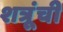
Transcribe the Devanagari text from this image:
शत्रूंची